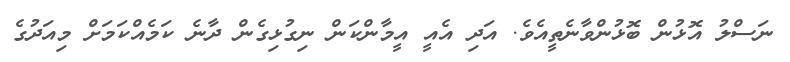
ނަސްލު އޮޅުން ބޮޅުންވާނެތީއެވެ. އަދި އެއީ އީމާންކަން ނިގުޅިގެން ދާނެ ކަމެއްކަމަށް މިއަދުގެ